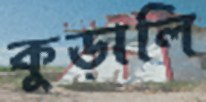
কুড়ালি